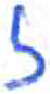
אות: ז